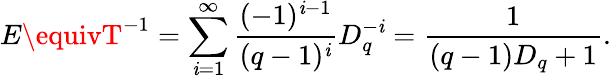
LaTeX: E\equivT^{-1}=\sum_{\mathit{i}=1}^{\infty}\frac{{(-1)^{\mathit{i}-1}}}{{(q-1)^{\mathit{i}}}}D_{q}^{-\mathit{i}}=\frac{1}{{(q-1)D_{q}+1}}.